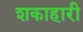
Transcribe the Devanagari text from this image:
शकाहारी